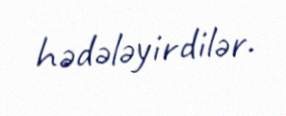
hədələyirdilər.